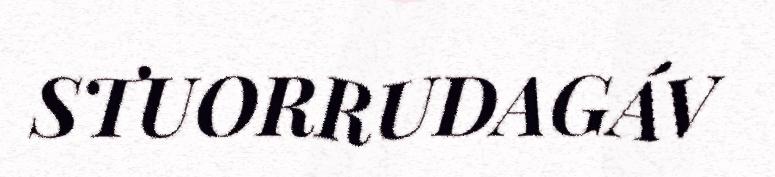
STUORRUDAGÁV